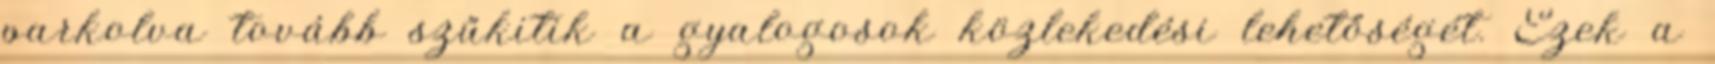
parkolva tovább szűkitik a gyalogosok közlekedési lehetőségét. Ezek a